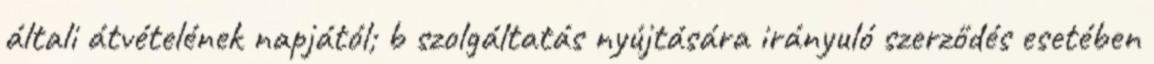
általi átvételének napjától; b szolgáltatás nyújtására irányuló szerződés esetében